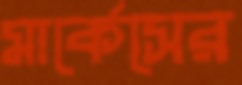
মার্কেসের